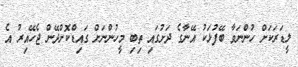
ލީޑަރަކަށް ހުންނަވާ ބޭފުޅަކު އޭނާގެ ދަށުގައި ތިބި މީހުންނަށް ގައިޑްކޮށްދޭން ޖެހޭއިރު އެ